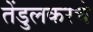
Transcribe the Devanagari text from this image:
तेंडुलकरचे